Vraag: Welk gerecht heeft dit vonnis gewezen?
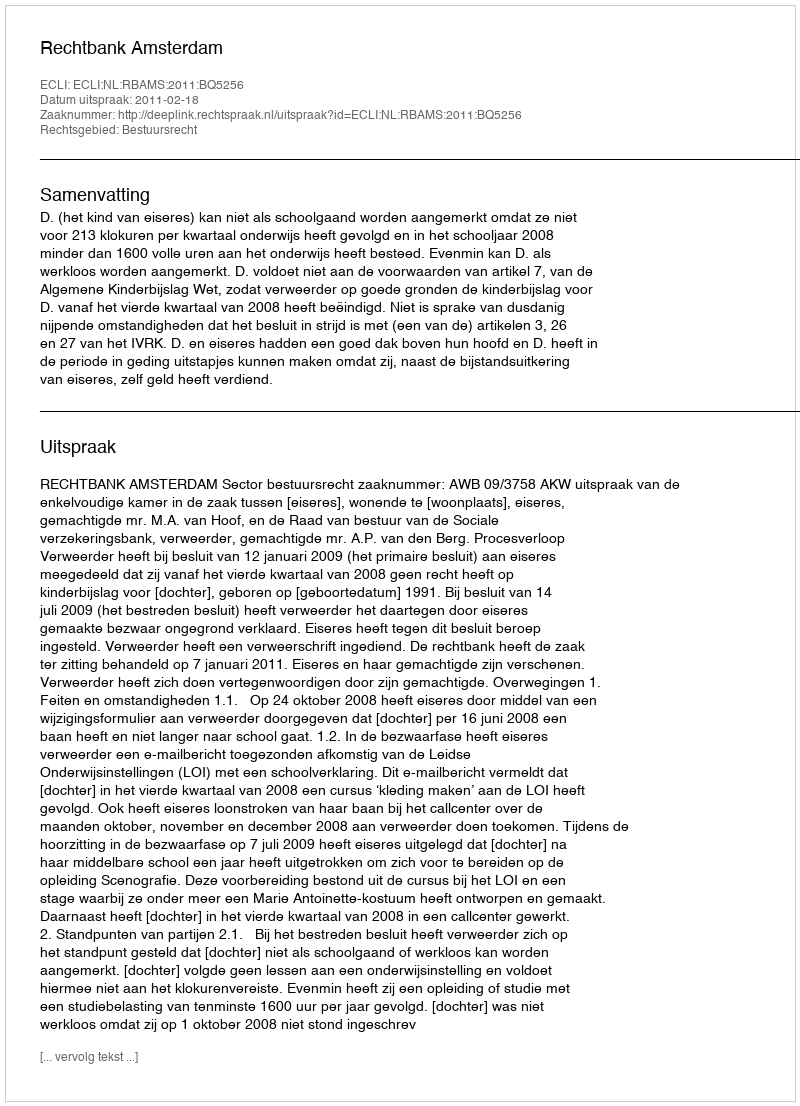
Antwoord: Rechtbank Amsterdam